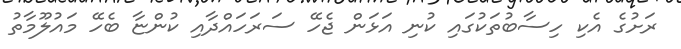
ރަށުގެ އެކި ހިސާބުތަކުގައި ކުނި އަޅަން ޖެހޭ ސަރަހައްދާއި ކުންޏާ ބެހޭ މައުލޫމާތު